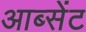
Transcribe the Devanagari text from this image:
आब्सेंट